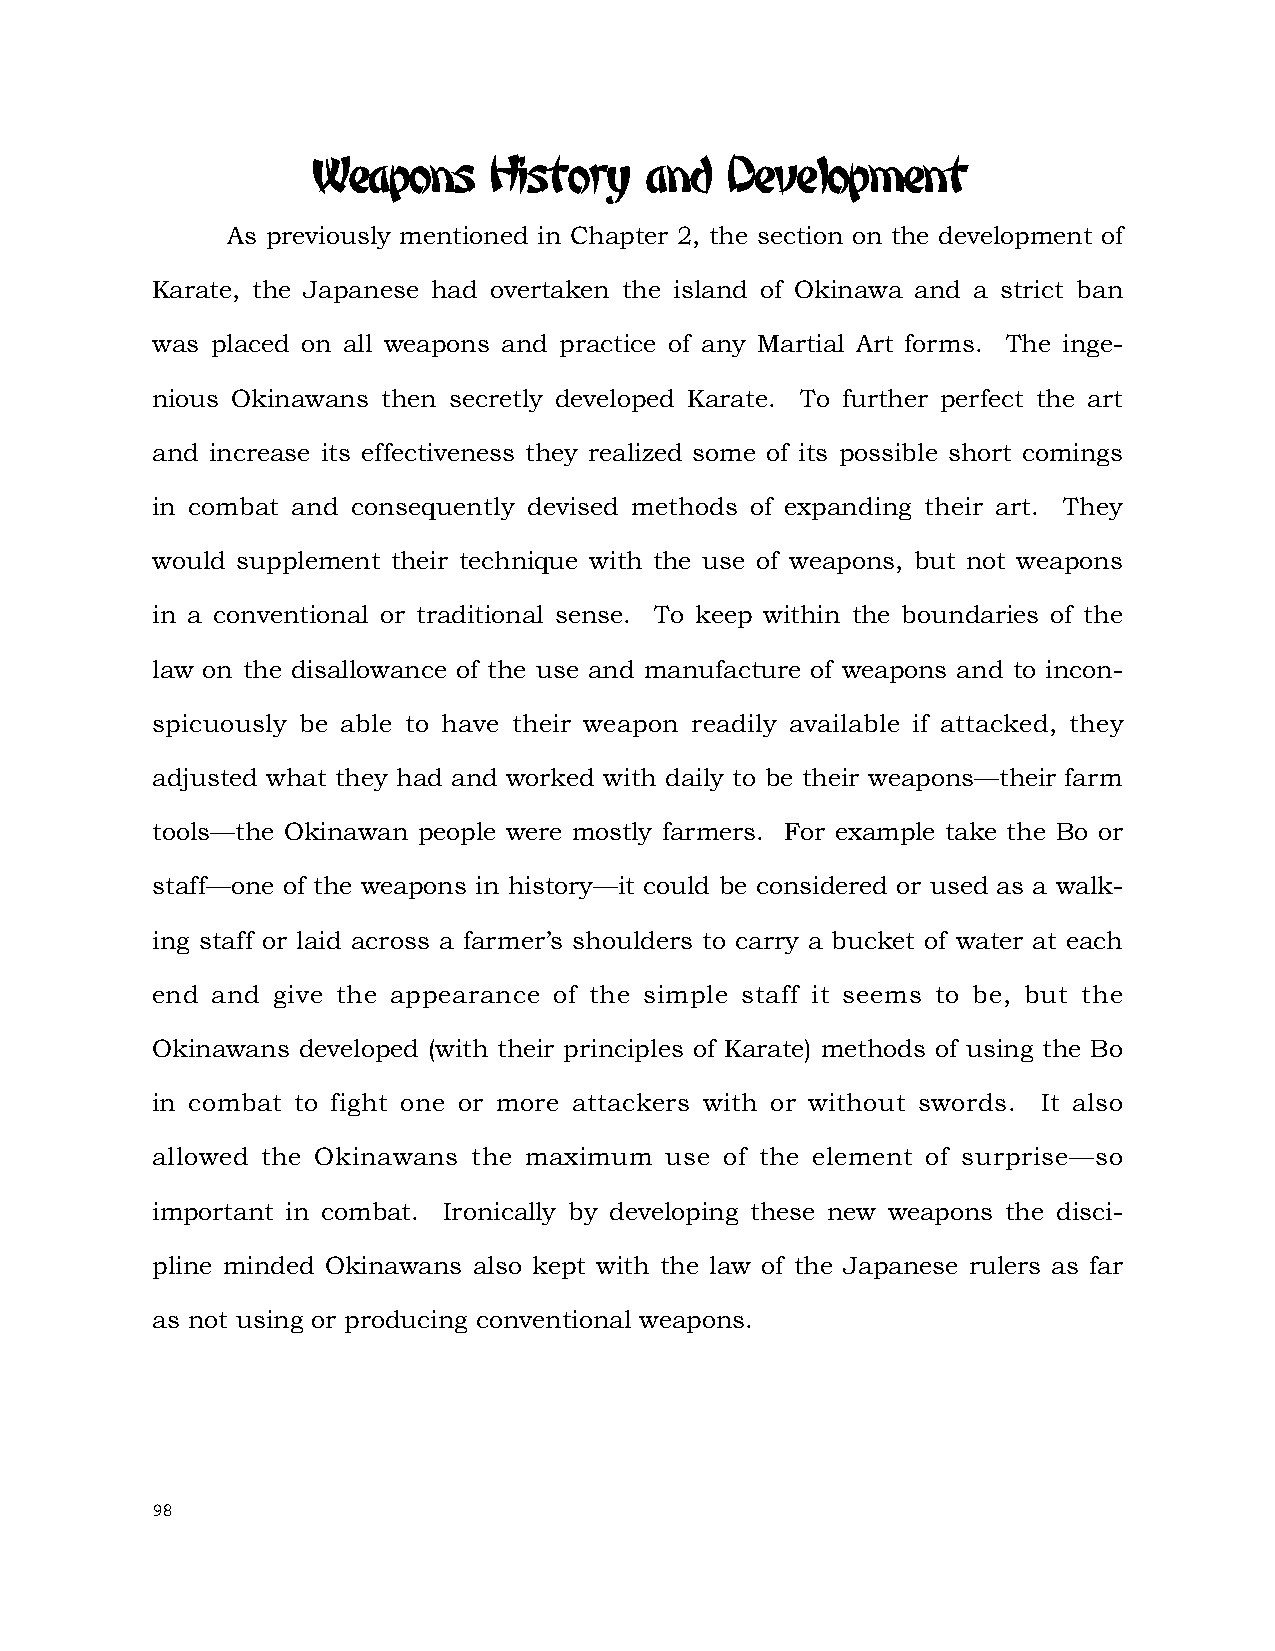
Weapons    History    and  Development
 As previously mentioned in Chapter 2, the section on the development of
 Karate, the Japanese had overtaken the island of Okinawa and a strict ban
 was placed on all weapons and practice of any Martial Art forms. The inge-
 nious Okinawans then secretly developed Karate. To further perfect the art
 and increase its effectiveness they realized some of its possible short comings
 in combat and consequently devised methods of expanding their art. They
 would supplement their technique with the use of weapons, but not weapons
 in a conventional or traditional sense. To keep within the boundaries of the
 law on the disallowance of the use and manufacture of weapons and to incon-
 spicuously be able to have their weapon readily available if attacked, they
 adjusted what they had and worked with daily to be their weapons—their farm
 tools—the Okinawan people were mostly farmers. For example take the Bo or
 staff—one of the weapons in history—it could be considered or used as a walk-
 ing staff or laid across a farmer’s shoulders to carry a bucket of water at each
 end and give the appearance of the simple staff it seems to be, but the
 Okinawans developed (with their principles of Karate) methods of using the Bo
 in combat to fight one or more attackers with or without swords. It also
 allowed the Okinawans the maximum use of the element of surprise—so
 important in combat. Ironically by developing these new weapons the disci-
 pline minded Okinawans also kept with the law of the Japanese rulers as far
 as not using or producing conventional weapons.
 98